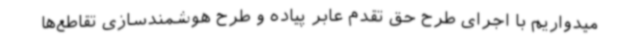
میدواریم با اجرای طرح حق تقدم عابر پیاده و طرح هوشمندسازی تقاطع‌ها